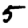
Digit: 5